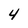
Character: 4